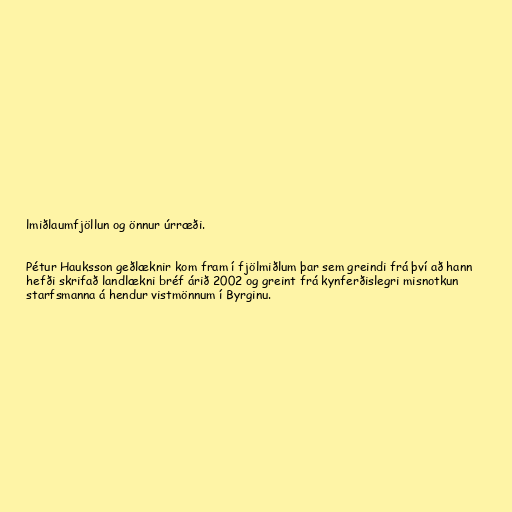
lmiðlaumfjöllun og önnur úrræði.

Pétur Hauksson geðlæknir kom fram í fjölmiðlum þar sem greindi frá því að hann
hefði skrifað landlækni bréf árið 2002 og greint frá kynferðislegri misnotkun
starfsmanna á hendur vistmönnum í Byrginu.